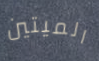
الميتين